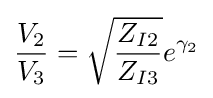
{\frac {V_{2}}{V_{3}}}={\sqrt {\frac {Z_{I2}}{Z_{I3}}}}e^{\gamma _{2}}